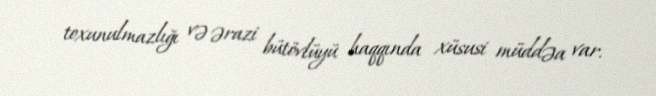
toxunulmazlığı və ərazi bütövlüyü haqqında xüsusi müddəa var.